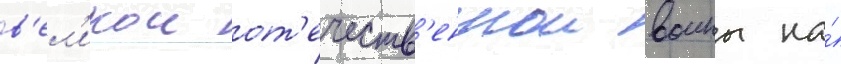
в'ел'икои от'ечеств'еннои воины на́